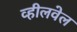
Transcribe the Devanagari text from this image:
व्हीलवेल